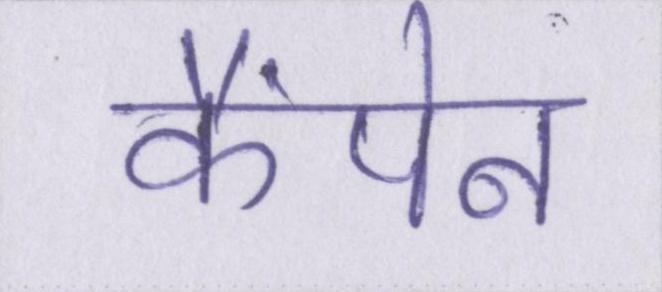
कैंपेन